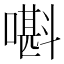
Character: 𡀃